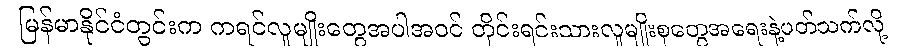
မြန်မာနိုင်ငံတွင်းက ကရင်လူမျိုးတွေအပါအဝင် တိုင်းရင်းသားလူမျိုးစုတွေအရေးနဲ့ပတ်သက်လို့